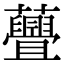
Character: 𧄸